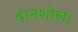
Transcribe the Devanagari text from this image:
दानशील।